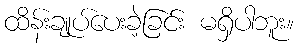
ထိန်းချုပ်ပေးခဲ့ခြင်း မရှိပါဘူး။